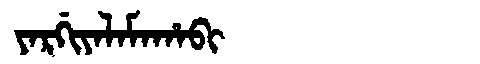
Manchu: ᠶᠠᡵᡤᡳᠶᠠᠯᠠᠮᠠᡥᠠᠪᡳ
Romanization: YARGIYALAMAHABI